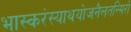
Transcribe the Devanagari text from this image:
भास्करंस्याथयोजनैलतन्मिरो